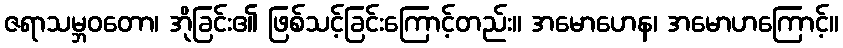
ဇရာသမ္ဘဝတော၊ အိုခြင်း၏ ဖြစ်သင့်ခြင်းကြောင့်တည်း။ အမောဟေန၊ အမောဟကြောင့်။